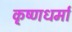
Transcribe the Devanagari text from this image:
कृ्ष्णधर्मा